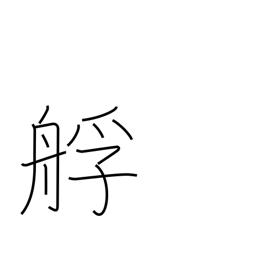
Meaning: lighter